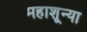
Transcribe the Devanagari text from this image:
महाशून्या